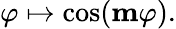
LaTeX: \varphi\mapsto\cos(\mathbf{m}\varphi).